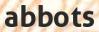
abbots